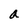
Character: a